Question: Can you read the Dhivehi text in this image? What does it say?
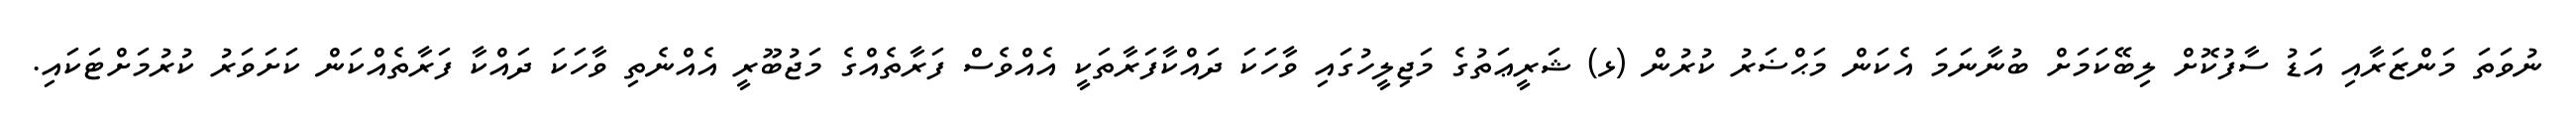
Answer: ނުވަތަ މަންޒަރާއި އަޑު ސާފުކޮށް ލިބޭކަމަށް ބުނާނަމަ އެކަން މަޙްޟަރު ކުރުން (ޅ) ޝަރީޢަތުގެ މަޖިލީހުގައި ވާހަކަ ދައްކާފަރާތަކީ އެއްވެސް ފަރާތެއްގެ މަޖުބޫރީ އެއްނެތި ވާހަކަ ދައްކާ ފަރާތެއްކަން ކަށަވަރު ކުރުމަށްޓަކައި.